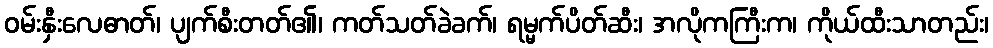
ဝမ်းနှီးလေဓာတ်၊ ပျက်စီးတတ်၏၊ ကတ်သတ်ခဲခက်၊ ရမ္မက်ပိတ်ဆီး၊ အလိုကကြီးက၊ ကိုယ်ထီးသာတည်း၊